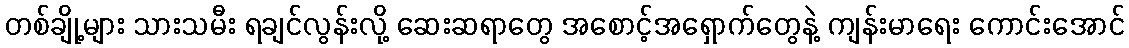
တစ်ချို့များ သားသမီး ရချင်လွန်းလို့ ဆေးဆရာတွေ အစောင့်အရှောက်တွေနဲ့ ကျန်းမာရေး ကောင်းအောင်